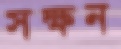
সক্ষন